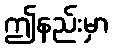
ဤနည်းမှာ